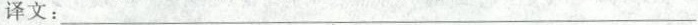
译文：___